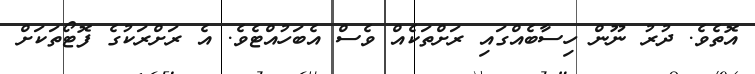
އޮތެވެ. ދުރު ނޫން ހިސާބެއްގައި ރަށްތަކެއް ވެސް އެބަހުއްޓެވެ. އެ ރަށްރަކުގެ ފޮޓޯތަކަށް